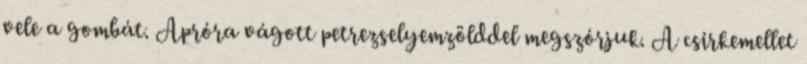
vele a gombát. Apróra vágott petrezselyemzölddel megszórjuk. A csirkemellet